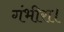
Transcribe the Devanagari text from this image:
गंभीरा।